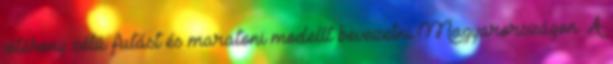
jótékony célú futást és maratoni modellt bevezetni Magyarországon. A